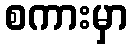
စကားမှာ